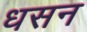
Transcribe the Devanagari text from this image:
धसन